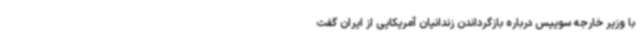
با وزیر خارجه سوییس درباره بازگرداندن زندانیان آمریکایی از ایران گفت